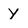
Character: Y